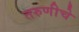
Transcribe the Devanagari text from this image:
तरुणीचे